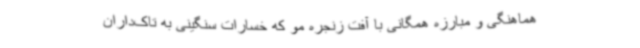
هماهنگی و مبارزه همگانی با آفت زنجره مو که خسارات سنگینی به تاک‌داران